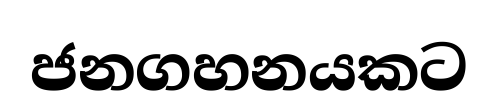
ජනගහනයකට